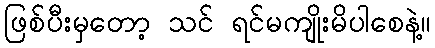
ဖြစ်ပီးမှတော့ သင် ရင်မကျိုးမိပါစေနဲ့။